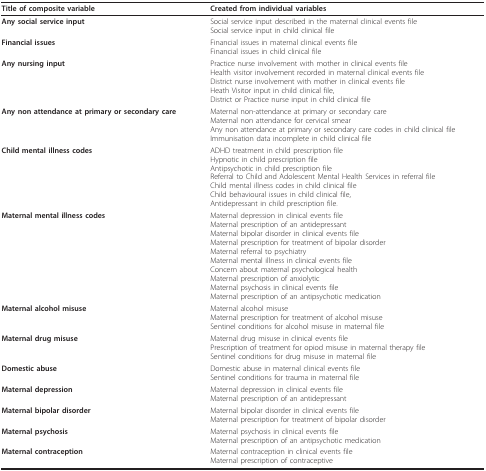
<table><thead><tr><td><b>Title of composite variable</b></td><td><b>Created from individual variables</b></td></tr></thead><tbody><tr><td><b>Any social service input</b></td><td>Social service input described in the maternal clinical events fileSocial service input in child clinical file</td></tr><tr><td><b>Financial issues</b></td><td>Financial issues in maternal clinical events fileFinancial issues in child clinical file</td></tr><tr><td><b>Any nursing input</b></td><td>Practice nurse involvement with mother in clinical events fileHealth visitor involvement recorded in maternal clinical events fileDistrict nurse involvement with mother in clinical events fileHeath Visitor input in child clinical file,District or Practice nurse input in child clinical file</td></tr><tr><td><b>Any non attendance at primary or secondary care</b></td><td>Maternal non-attendance at primary or secondary careMaternal non attendance for cervical smearAny non attendance at primary or secondary care codes in child clinical fileImmunisation data incomplete in child clinical file</td></tr><tr><td><b>Child mental illness codes</b></td><td>ADHD treatment in child prescription fileHypnotic in child prescription fileAntipsychotic in child prescription fileReferral to Child and Adolescent Mental Health Services in referral fileChild mental illness codes in child clinical fileChild behavioural issues in child clinical file,Antidepressant in child prescription file.</td></tr><tr><td><b>Maternal mental illness codes</b></td><td>Maternal depression in clinical events fileMaternal prescription of an antidepressantMaternal bipolar disorder in clinical events fileMaternal prescription for treatment of bipolar disorderMaternal referral to psychiatryMaternal mental illness in clinical events fileConcern about maternal psychological healthMaternal prescription of anxiolyticMaternal psychosis in clinical events fileMaternal prescription of an antipsychotic medication</td></tr><tr><td><b>Maternal alcohol misuse</b></td><td>Maternal alcohol misuseMaternal prescription for treatment of alcohol misuseSentinel conditions for alcohol misuse in maternal file</td></tr><tr><td><b>Maternal drug misuse</b></td><td>Maternal drug misuse in clinical events filePrescription of treatment for opiod misuse in maternal therapy fileSentinel conditions for drug misuse in maternal file</td></tr><tr><td><b>Domestic abuse</b></td><td>Domestic abuse in maternal clinical events fileSentinel conditions for trauma in maternal file</td></tr><tr><td><b>Maternal depression</b></td><td>Maternal depression in clinical events fileMaternal prescription of an antidepressant</td></tr><tr><td><b>Maternal bipolar disorder</b></td><td>Maternal bipolar disorder in clinical events fileMaternal prescription for treatment of bipolar disorder</td></tr><tr><td><b>Maternal psychosis</b></td><td>Maternal psychosis in clinical events fileMaternal prescription of an antipsychotic medication</td></tr><tr><td><b>Maternal contraception</b></td><td>Maternal contraception in clinical events fileMaternal prescription of contraceptive</td></tr></tbody></table>